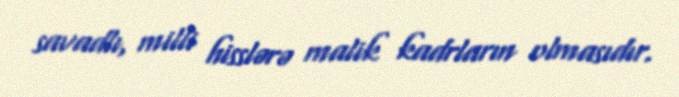
savadlı, milli hisslərə malik kadrların olmasıdır.